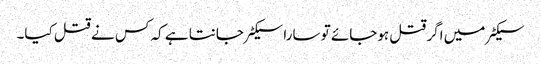
سیکٹر میں اگر قتل ہوجائے تو سارا سیکٹر جانتا ہے کہ کس نے قتل کیا۔